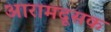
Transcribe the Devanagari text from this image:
आरामदूसक